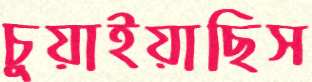
চুয়াইয়াছিস